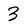
Character: 3